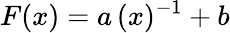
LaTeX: F(x)=a\, (x)^{-1}+b